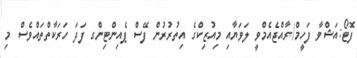
ފޮޓޯ:އަޝްވާ ފަހީމް/ރާއްޖެއެމްވީ ލަވަޔާއި މިއުޒިކްގެ އިތުރުރުން ފޭސް ޕެއިންޓިންގ ފަދަ ހަރަކާތްތައްވެސް މި